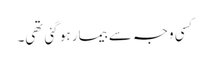
کسی وجہ سے بیمار ہو گئی تھی۔